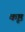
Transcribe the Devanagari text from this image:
कृष्ठ